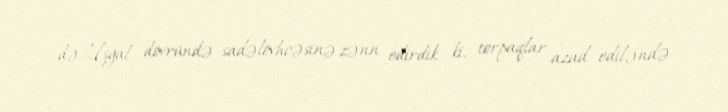
də...İşğal dövründə sadəlövhcəsinə zənn edirdik ki, torpaqlar azad ediləndə